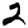
Digit: 2